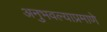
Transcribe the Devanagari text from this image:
अनुभवल्याप्रमाणे